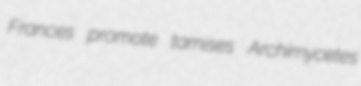
Frances promote tamises Archimycetes